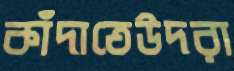
কাঁদাতেউদরা